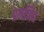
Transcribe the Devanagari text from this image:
प्रमणित